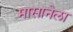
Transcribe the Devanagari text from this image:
मासानेला